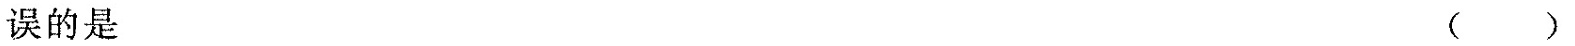
误的是 ()